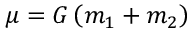
\mu = G \left( m _ { 1 } + m _ { 2 } \right)